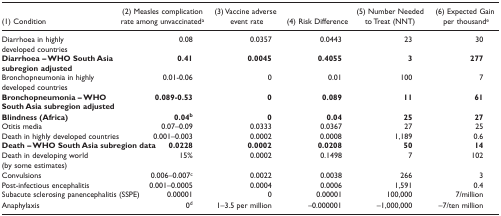
<table><thead><tr><td><b>(1) Condition</b></td><td><b>(2) Measles complication rate among unvaccinated<sup>a</sup></b></td><td><b>(3) Vaccine adverse event rate</b></td><td><b>(4) Risk Difference</b></td><td><b>(5) Number Needed to Treat (NNT)</b></td><td><b>(6) Expected Gain per thousand<sup>e</sup></b></td></tr></thead><tbody><tr><td>Diarrhoea in highly developed countries</td><td>0.08</td><td>0.0357</td><td>0.0443</td><td>23</td><td>30</td></tr><tr><td><b>Diarrhoea - WHO South Asia subregion adjusted</b></td><td><b>0.41</b></td><td><b>0.0045</b></td><td><b>0.4055</b></td><td><b>3</b></td><td><b>277</b></td></tr><tr><td>Bronchopneumonia in highly developed countries</td><td>0.01-0.06</td><td>0</td><td>0.01</td><td>100</td><td>7</td></tr><tr><td><b>Bronchopneumonia - WHO South Asia subregion adjusted</b></td><td><b>0.089-0.53</b></td><td><b>0</b></td><td><b>0.089</b></td><td><b>11</b></td><td><b>61</b></td></tr><tr><td><b>Blindness (Africa)</b></td><td><b>0.04</b><sup>b</sup></td><td><b>0</b></td><td><b>0.04</b></td><td><b>25</b></td><td><b>27</b></td></tr><tr><td>Otitis media</td><td>0.07-0.09</td><td>0.0333</td><td>0.0367</td><td>27</td><td>25</td></tr><tr><td>Death in highly developed countries</td><td>0.001-0.003</td><td>0.0002</td><td>0.0008</td><td>1,189</td><td>0.6</td></tr><tr><td><b>Death - WHO South Asia subregion data</b></td><td><b>0.0228</b></td><td><b>0.0002</b></td><td><b>0.0208</b></td><td><b>50</b></td><td><b>14</b></td></tr><tr><td>Death in developing world (by some estimates)</td><td>15%</td><td>0.0002</td><td>0.1498</td><td>7</td><td>102</td></tr><tr><td>Convulsions</td><td>0.006-0.007<sup>c</sup></td><td>0.0022</td><td>0.0038</td><td>266</td><td>3</td></tr><tr><td>Post-infectious encephalitis</td><td>0.001-0.0005</td><td>0.0004</td><td>0.0006</td><td>1,591</td><td>0.4</td></tr><tr><td>Subacute sclerosing panencephalitis (SSPE)</td><td>0.00001</td><td>0</td><td>0.00001</td><td>100,000</td><td>7/million</td></tr><tr><td>Anaphylaxis</td><td>0<sup>d</sup></td><td>1-3.5 per million</td><td>-0.000001</td><td>-1,000,000</td><td>-7/ten million</td></tr></tbody></table>